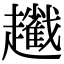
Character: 𧾢